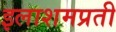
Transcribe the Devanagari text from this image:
इलाशमप्रती